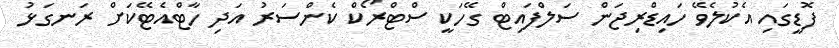
ފޮޑީގައި އެކުލެވޭ ހައިޑްރިޖަން ސަލްފައިޓް ގޭހަކީ ސްޓްރޯކް ކެންސަރު އަދި ހާޓްއެޓޭކަށް ރަނގަޅު